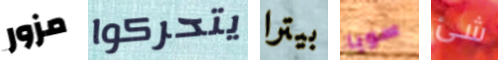
مزور يتحركوا بيترا سويا شئ